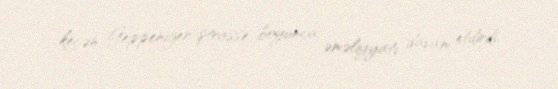
keçən Geppeniger-ştrasse boyunca əməliyyatı davam etdirdi.